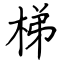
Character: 梯